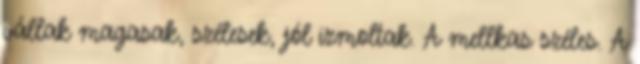
vállak magasak, szélesek, jól izmoltak. A mellkas széles. A